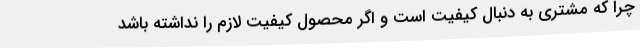
چرا که مشتری به دنبال کیفیت است و اگر محصول کیفیت لازم را نداشته باشد